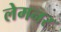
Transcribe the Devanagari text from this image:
लेमनर